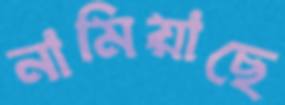
নামিয়াছে